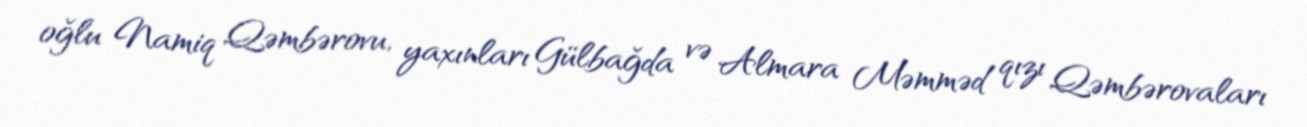
oğlu Namiq Qəmbərovu, yaxınları Gülbağda və Almara Məmməd qızı Qəmbərovaları